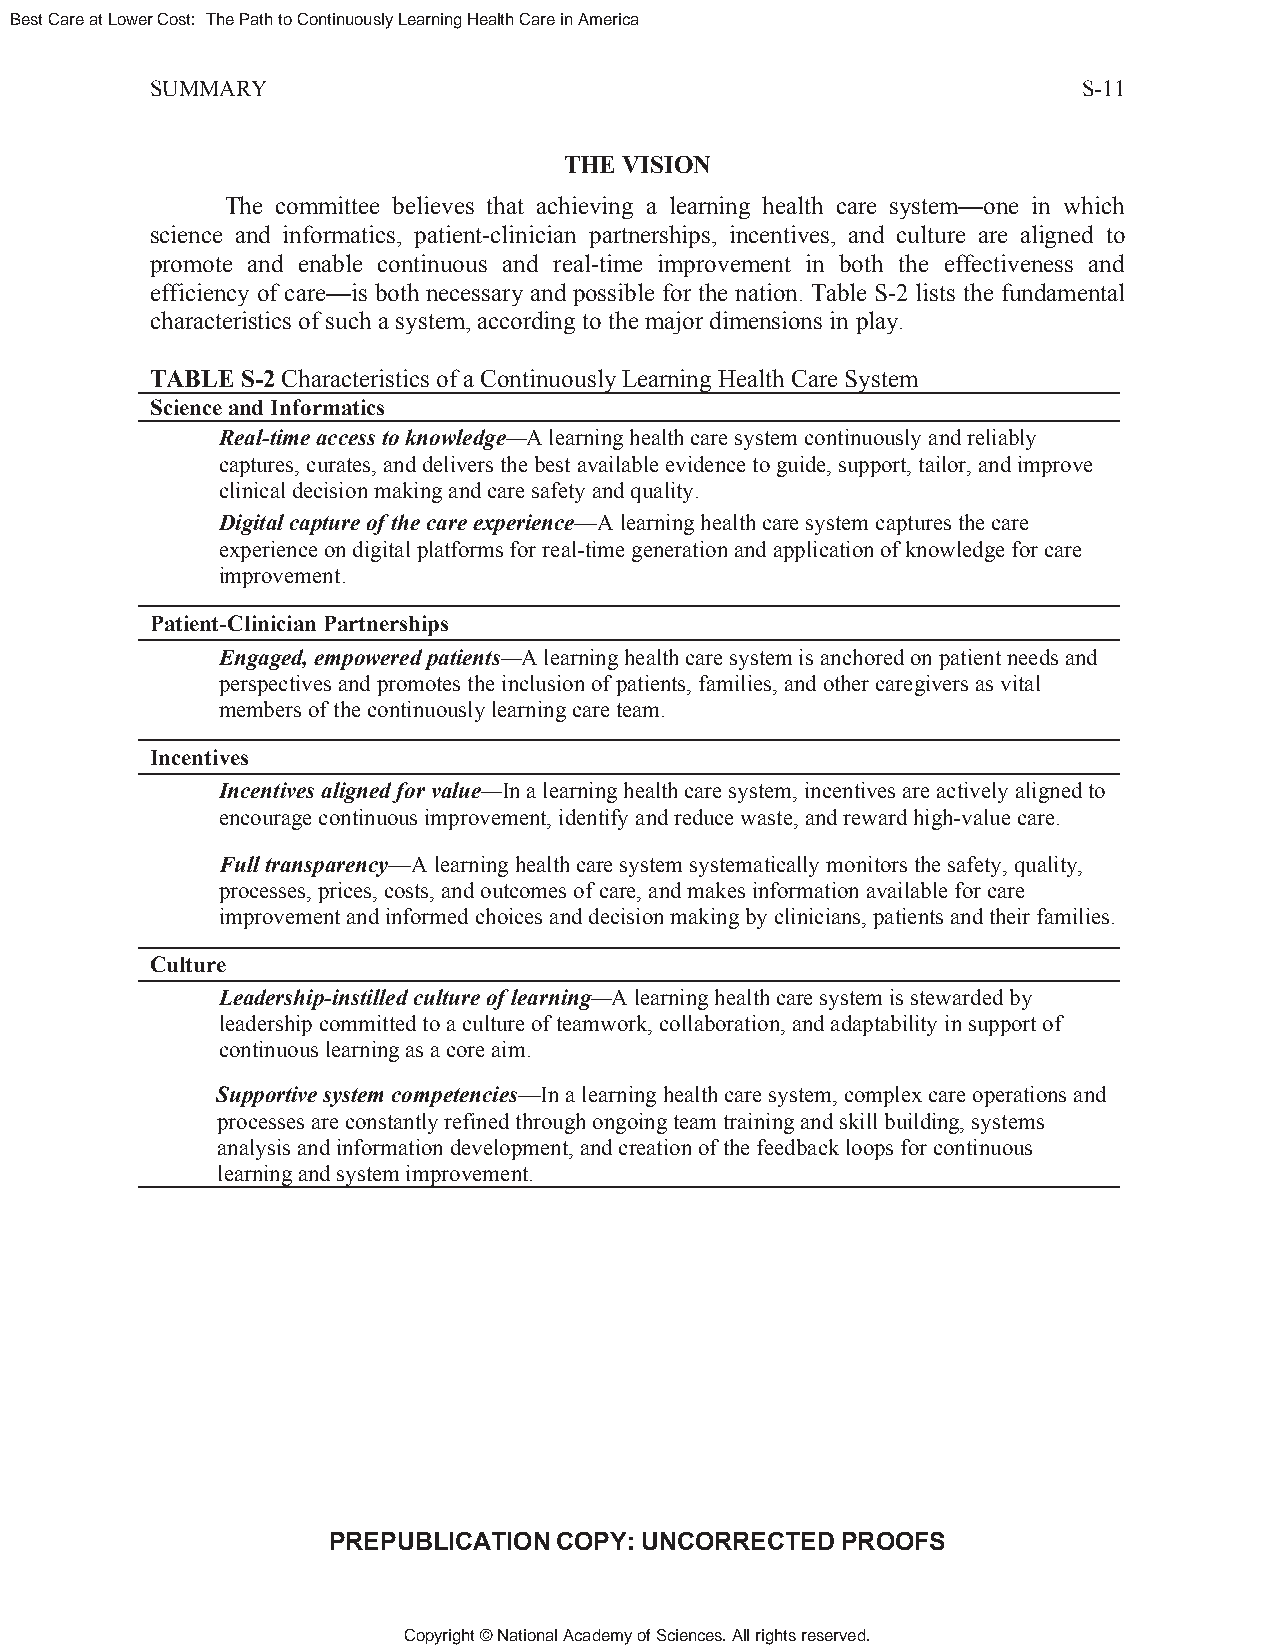
Best Care at Lower Cost: The Path to Continuously Learning Health Care in America
 SUMMARY                                                       S-11
 THE VISION
 The committee believes that achieving a learning health care system—one in which
 science and informatics, patient-clinician partnerships, incentives, and culture are aligned to
 promote and enable continuous and real-time improvement in both the effectiveness and
 efficiency of care—is both necessary and possible for the nation. Table S-2 lists the fundamental
 characteristics of such a system, according to the major dimensions in play.
 TABLE S-2 Characteristics of a Continuously Learning Health Care System
 Science and Informatics
 Real-time access to knowledge—A learning health care system continuously and reliably
 captures, curates, and delivers the best available evidence to guide, support, tailor, and improve
 clinical decision making and care safety and quality.
 Digital capture of the care experience—A learning health care system captures the care
 experience on digital platforms for real-time generation and application of knowledge for care
 improvement.
 Patient-Clinician Partnerships
 Engaged, empowered patients—A learning health care system is anchored on patient needs and
 perspectives and promotes the inclusion of patients, families, and other caregivers as vital
 members of the continuously learning care team.
 Incentives
 Incentives aligned for value—In a learning health care system, incentives are actively aligned to
 encourage continuous improvement, identify and reduce waste, and reward high-value care.
 Full transparency—A learning health care system systematically monitors the safety, quality,
 processes, prices, costs, and outcomes of care, and makes information available for care
 improvement and informed choices and decision making by clinicians, patients and their families.
 Culture
 Leadership-instilled culture of learning—A learning health care system is stewarded by
 leadership committed to a culture of teamwork, collaboration, and adaptability in support of
 continuous learning as a core aim.
 Supportive system competencies—In a learning health care system, complex care operations and
 processes are constantly refined through ongoing team training and skill building, systems
 analysis and information development, and creation of the feedback loops for continuous
 learning and system improvement.
 PREPUBLICATION COPY: UNCORRECTED  PROOFS
 Copyright © National Academy of Sciences. All rights reserved.